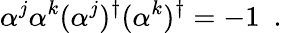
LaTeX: \alpha^{j}\alpha^{k}(\alpha^{j})^{\dagger}(\alpha^{k})^{\dagger}=-1~~.